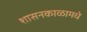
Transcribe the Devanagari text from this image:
शासनकाळामधे